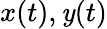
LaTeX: x(t),\mathit{y}(t)